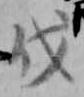
伐